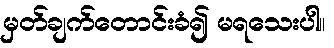
မှတ်ချက်တောင်းခံ၍ မရသေးပါ။